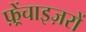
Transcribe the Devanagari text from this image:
फ़्रेंचाइज़रों